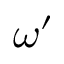
\omega ^ { \prime }